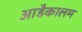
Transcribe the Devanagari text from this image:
आडैकालम